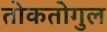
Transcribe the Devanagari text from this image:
तोकतोगुल